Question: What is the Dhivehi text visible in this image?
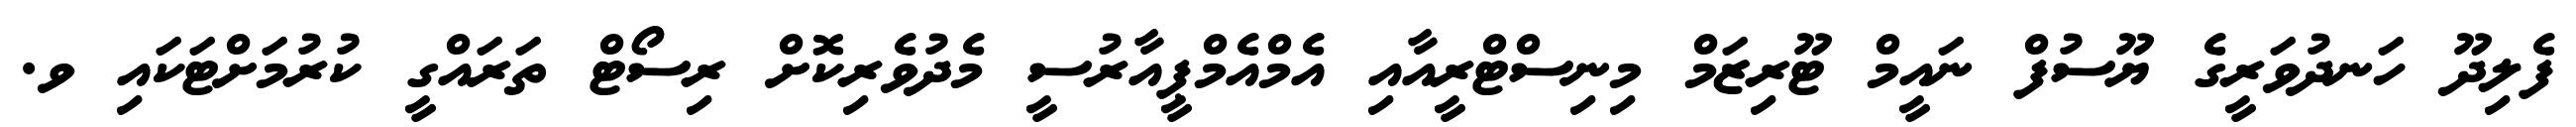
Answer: ފެލިދޫ ހަނދުވަރީގެ ޔޫސުފް ނައީމް ޓޫރިޒަމް މިނިސްޓްރީއާއި އެމްއެމްޕީއާރުސީ މެދުވެރިކޮށް ރިސޯޓް ތަރައްގީ ކުރުމަށްޓަކައި ވ.